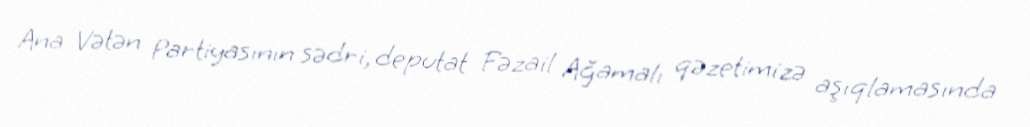
Ana Vətən Partiyasının sədri, deputat Fəzail Ağamalı qəzetimizə aşıqlamasında